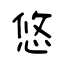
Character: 悠